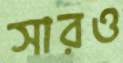
সারও